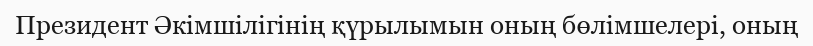
Президент Әкімшілігінің қүрылымын оның бөлімшелері, оның